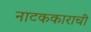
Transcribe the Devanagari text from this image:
नाटककाराची